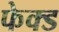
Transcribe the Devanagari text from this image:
फेक्ड